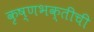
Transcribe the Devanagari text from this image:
कृष्णभक्तीची